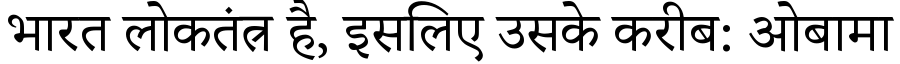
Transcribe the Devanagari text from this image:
भारत लोकतंत्र है, इसलिए उसके करीब: ओबामा